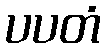
ပပတံ